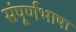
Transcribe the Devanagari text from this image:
संपूर्णभाषा